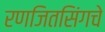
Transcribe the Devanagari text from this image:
रणजितसिंगचे